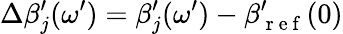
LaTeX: \Delta\beta_{j}^{\prime}(\omega^{\prime})=\beta_{j}^{\prime}(\omega^{\prime})-\beta_{\mathrm{~r~e~f~}}^{\prime}(0)